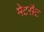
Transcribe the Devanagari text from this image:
मेटसैट